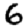
Digit: 6